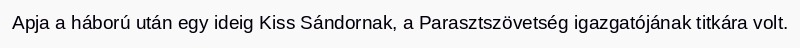
Apja a háború után egy ideig Kiss Sándornak, a Parasztszövetség igazgatójának titkára volt.